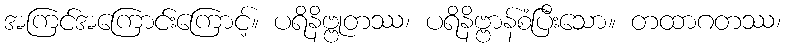
အကြင်အကြောင်းကြောင့်။ ပရိနိဗ္ဗုတဿ၊ ပရိနိဗ္ဗာန်စံပြီးသော။ တထာဂတဿ၊